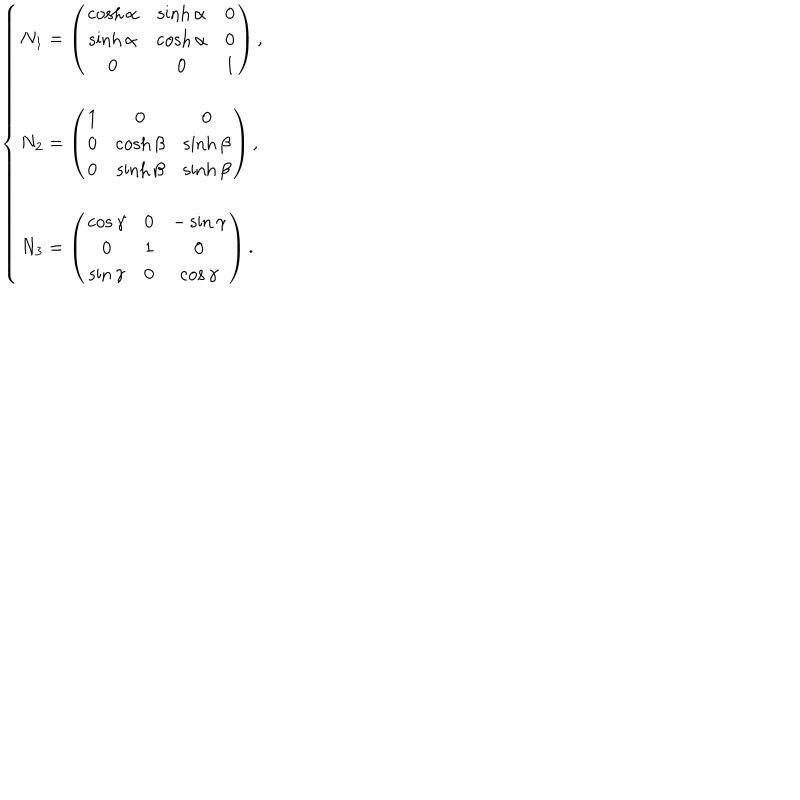
\left\{ \begin{array} { l } { { N _ { 1 } = \left( \begin{array} { c c c } { { \cosh \alpha } } & { { \sinh \alpha } } & { { 0 } } \\ { { \sinh \alpha } } & { { \cosh \alpha } } & { { 0 } } \\ { { 0 } } & { { 0 } } & { { 1 } } \\ \end{array} \right) , } } \\ { { N _ { 2 } = \left( \begin{array} { c c c } { { 1 } } & { { 0 } } & { { 0 } } \\ { { 0 } } & { { \cosh \beta } } & { { \sinh \beta } } \\ { { 0 } } & { { \sinh \beta } } & { { \sinh \beta } } \\ \end{array} \right) , } } \\ { { N _ { 3 } = \left( \begin{array} { c c c } { { \cos \gamma } } & { { 0 } } & { { - \sin \gamma } } \\ { { 0 } } & { { 1 } } & { { 0 } } \\ { { \sin \gamma } } & { { 0 } } & { { \cos \gamma } } \\ \end{array} \right) . } } \\ \end{array} \right.